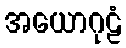
အယောဂုဠံ